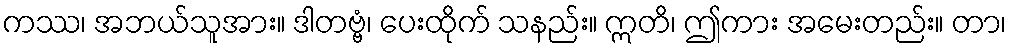
ကဿ၊ အဘယ်သူအား။ ဒါတဗ္ဗံ၊ ပေးထိုက် သနည်း။ ဣတိ၊ ဤကား အမေးတည်း။ တာ၊